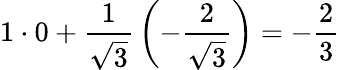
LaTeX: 1\cdot 0+{\frac{1}{\sqrt{3}}}\left(-{\frac{2}{\sqrt{3}}}\right)=-\frac 23